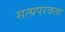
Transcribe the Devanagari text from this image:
सत्यपरकता